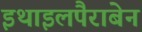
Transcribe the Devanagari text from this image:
इथाइलपैराबेन